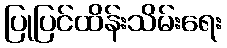
ပြုပြင်ထိန်းသိမ်းရေး